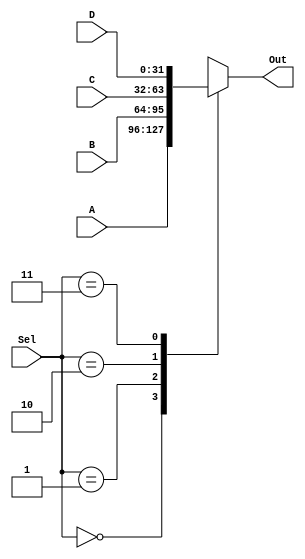
`timescale 1ns / 1ps
//////////////////////////////////////////////////////////////////////////////////
// Company: 
// Engineer: 
// 
// Design Name: 
// Module Name: MUX_4x2
// Project Name: 
// Target Devices: 
// Tool Versions: 
// Description: 
// 
// Dependencies: 
// 
// Revision:
// Revision 0.01 - File Created
// Additional Comments:
// 
//////////////////////////////////////////////////////////////////////////////////


module MUX_4x2(
input [31:0] A, B, C, D,
input [1:0] Sel,
output reg [31:0] Out
    );
    
    always @(*) begin
        case(Sel)
            2'b00: Out = A;
            2'b01: Out = B;
            2'b10: Out = C;
            2'b11: Out = D;
        endcase
    end
    
    
    
endmodule